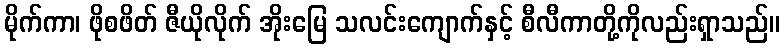
မိုက်ကာ၊ ဖိုစဖိတ် ဇီယိုလိုက် အိုးမြေ သလင်းကျောက်နှင့် စီလီကာတို့ကိုလည်းရှာသည်။